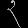
Digit: ၃